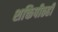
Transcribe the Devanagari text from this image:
शक्तिपीठही